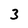
Character: 3